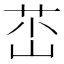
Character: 𡷺